Indian Medical Review
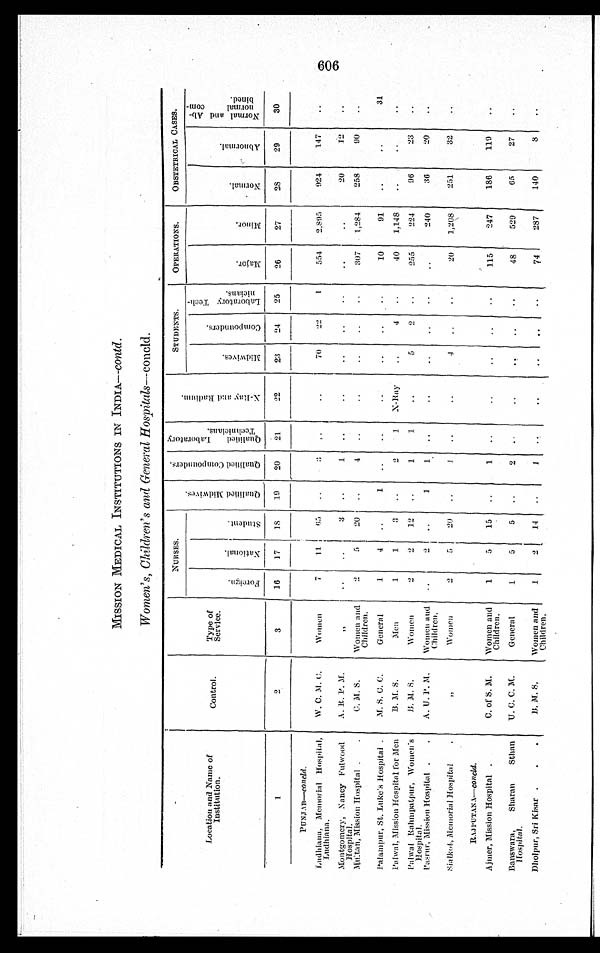
MISSION MEDICAL INSTITUTIONS IN INDIA—contd.
Women's, Children's and General Hospitals— concld .
Location and Name of
Institution.
Control
Type of
Service.
NURSES.
Q u a l i f i e d M i d w i v e s .
Q u a l i f i e d C o m p o u n d e r s .
Q u a l i f i e d L a b o r a t o r y T e c h n i c i a n s .
X - R a y a n d R a d i u m .
STUDENTS.
OPERATIONS.
OBSTETRICAL CASES.
F o r e i g n .
N a t i o n a l .
S t u d e n t .
M i d w i v e s .
C o m p o u n d e r s .
L a b o r a t o r y T e c h n i c i a n s .
M a h o r .
M i n o r .
N o r m a l .
A b n o r m a l .
N o r m a l a n d A b n o r m a l c o m b i n e d .
1
2
3
16 17 18 19 20 21
2 2 23 24 25 26
27
28
29
30
PUNJAB—concl d.
Ludhiana, Memorial Hospital,
Ludhiana.
W. C. M . C .
Women
7 11 65
70
2 2 1 554 2,895 924 147
Montgomery, Nancy Fulwood Hospital
A. R. P. M.
"
3
20
12
Mulan, Mission Hospital
C. M. S.
Women a n d C h i l d r e n . 2 5 20
4
307 1,284 258
90
Palampur, St. Luke's Hospital
M. S. C. C.
General
1 4
1
10
91
31
Palwal, Mission Hospital for Men
B. M. S.
Men
1 1 3
2 1 X-Ray
4
40 1,148
Palwal Rahmpatpur, Women's
Hospital.
B. M. S.
Women
2 2 12
1 1
5 2
255 224
36
20
Pasrur, Mission Hospital A. U. P. M.
Women and
Children.
2
1
1
240 36
2 0
S i a t k o t , M e m o r i a l H o s p i t a l .
" Women
2 5 20
1
4
2 0 1,208 251
32
RAJP U T A N
— c o n c l d
.
Ajmer, Mission Hospital
C. of S. M. Women and
Children.
1 5 15
1
115 247 186 119
Banswara, Sharan Sthan
Hospital.
U. C. C. M.
General
1 5 5
2
48 529
65
27
Dholpur, Sri Kisar
B. M. S. Women and
Children.
1 2 14
1
74 287 140
8
O